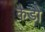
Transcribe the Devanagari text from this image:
कैडो